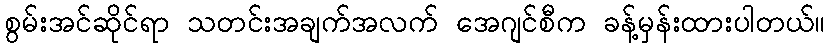
စွမ်းအင်ဆိုင်ရာ သတင်းအချက်အလက် အေဂျင်စီက ခန့်မှန်းထားပါတယ်။